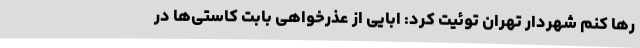
رها کنم شهردار تهران توئیت کرد: ابایی از عذرخواهی بابت کاستی‌ها در